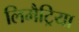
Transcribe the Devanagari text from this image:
लिमैट्रिया